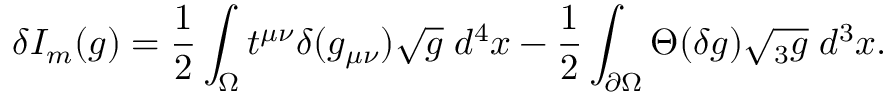
\delta I _ { m } ( g ) = { \frac { 1 } { 2 } } \int _ { \Omega } t ^ { \mu \nu } \delta ( g _ { \mu \nu } ) \sqrt { g } \; d ^ { 4 } x - { \frac { 1 } { 2 } } \int _ { \partial \Omega } \Theta ( \delta g ) \sqrt { { } _ { 3 } g } \; d ^ { 3 } x .